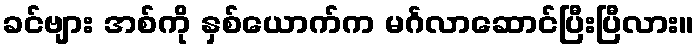
ခင်ဗျား အစ်ကို နှစ်ယောက်က မင်္ဂလာဆောင်ပြီးပြီလား။